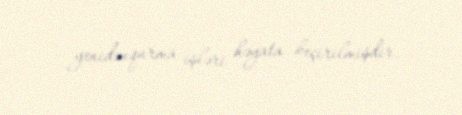
yenidənqurma işləri həyata keçirilmişdir.